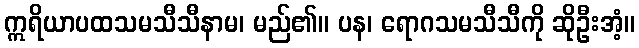
ဣရိယာပထသမသီသီနာမ၊ မည်၏။ ပန၊ ရောဂသမသီသီကို ဆိုဦးအံ့။